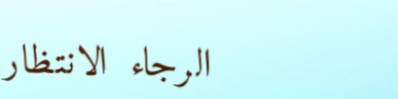
الرجاء الانتظار